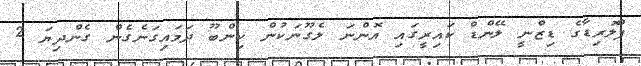
ފްލޮރިޑާގެ ޑިޒްނީ ލޭންޑް ކައިރީގައި އޮންނަ ލެގޫނަކުން ކިންބޫ ދަމައިގަނެގެން ގެންދިޔަ 2